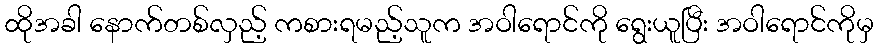
ထိုအခါ နောက်တစ်လှည့် ကစားရမည့်သူက အဝါရောင်ကို ရွေးယူပြီး အဝါရောင်ကိုမှ